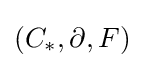
(C_{*},\partial ,F)